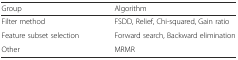
<table><thead><tr><td><b>Group</b></td><td><b>Algorithm</b></td></tr></thead><tbody><tr><td>Filter method</td><td>FSDD, Relief, Chi-squared, Gain ratio</td></tr><tr><td>Feature subset selection</td><td>Forward search, Backward elimination</td></tr><tr><td>Other</td><td>MRMR</td></tr></tbody></table>